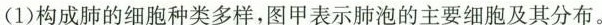
(1)构成肺的细胞种类多样，图甲表示肺泡的主要细胞及其分布。